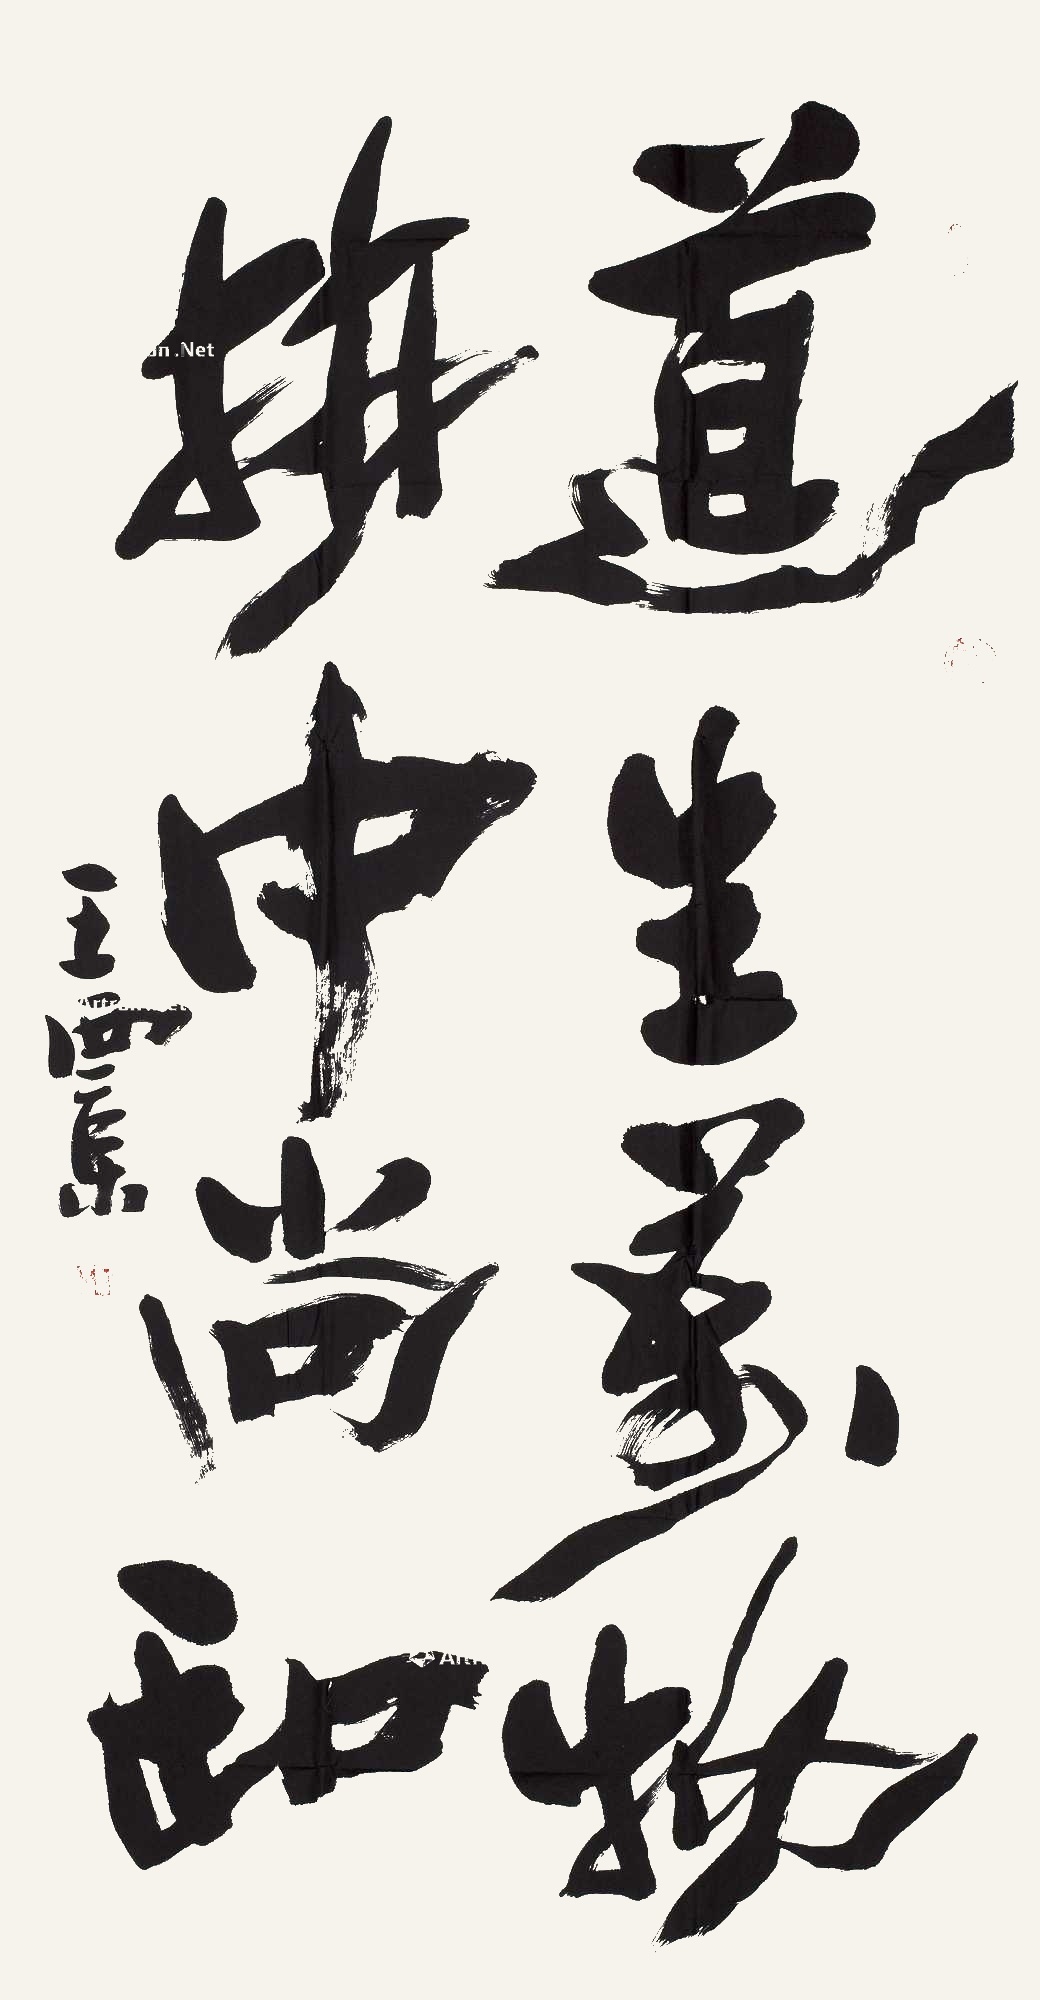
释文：道生万物梦中尚和王西京